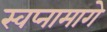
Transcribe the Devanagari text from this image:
स्वप्नामागे